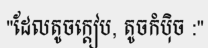
"ដែលតូចក្តៀប, តូចកំប៉ិច :"